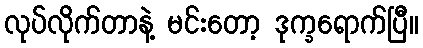
လုပ်လိုက်တာနဲ့ မင်းတော့ ဒုက္ခရောက်ပြီ။